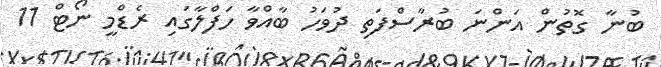
ބުނާ ގޮތުން އަންނަ ބުރާސްފަތި ދުވަހު ބާއްވާ ހަފްލާގައި ރެޑްމީ ނޯޓް 11